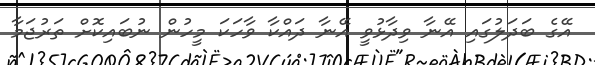
އޭގެ ބަދަލުގައި އޭނާ ވިދާޅުވީ އޭނާ ދައްކާ ވާހަކަ މީހުން ނުބައިކޮށް ތަރުޖަމާ